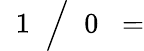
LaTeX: \; \; 1\; \; {\Big/}\; \; 0\; \; =